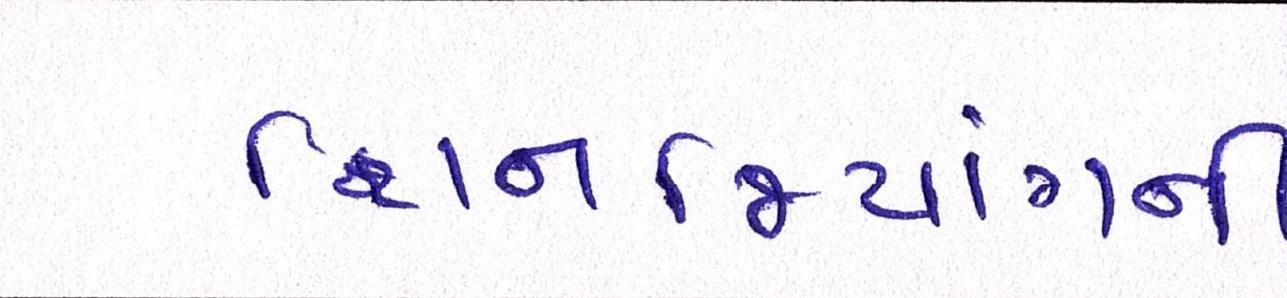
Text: શિનજિયાંગની